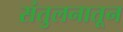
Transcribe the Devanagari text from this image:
संतुलनातून